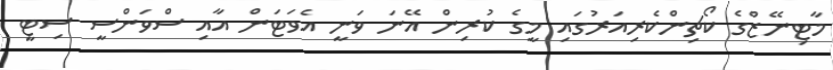
މާޓިނޭޒްގެ ކޯޗިންކެރިއަރުގައި މީގެ ކުރިން އޭނަ ވަނީ އެވަޓަން އާއި ސްވަންސީ ސިޓީ